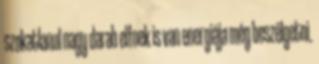
szokatlanul nagy darab elfnek is van energiája még beszélgetni.